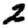
Digit: 2